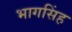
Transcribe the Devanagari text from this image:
भागसिंह